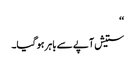
‘‘
ستیش آپے سے باہر ہو گیا۔